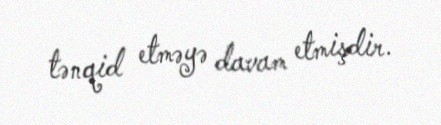
tənqid etməyə davam etmişdir.